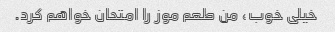
خیلی خوب، من طعم موز را امتحان خواهم کرد.